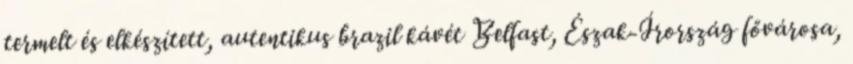
termelt és elkészített, autentikus brazil kávét Belfast, Észak-Írország fővárosa,